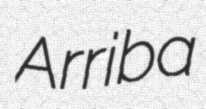
Arriba